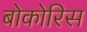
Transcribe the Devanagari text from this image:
बोकोरिस